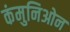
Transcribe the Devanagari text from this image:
कंमुनिओन